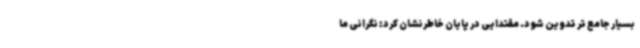
بسیار جامع تر تدوین شود. مقتدایی در پایان خاطرنشان کرد: نگرانی ما